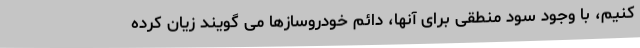
کنیم، با وجود سود منطقی برای آنها، دائم خودروسازها می گویند زیان کرده